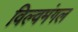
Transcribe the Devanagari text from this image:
विल्वमंगल